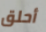
أحلق